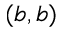
( b , b )